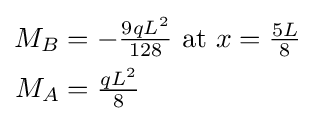
{\begin{aligned}M_{B}&=-{\tfrac {9qL^{2}}{128}}{\mbox{ at }}x={\tfrac {5L}{8}}\\M_{A}&={\tfrac {qL^{2}}{8}}\end{aligned}}